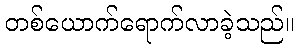
တစ်ယောက်ရောက်လာခဲ့သည်။